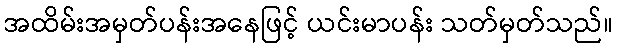
အထိမ်းအမှတ်ပန်းအနေဖြင့် ယင်းမာပန်း သတ်မှတ်သည်။